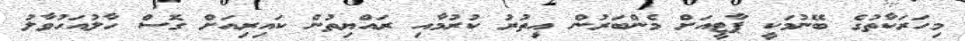
މިހަރަކާތުގެ ބޭނުމަކީ ޕާޓީއަށް މެންބަރުން އިތުރު ކުރުމާއި ރައްޔިތުން ކައިރިއަށް ގޮސް ހާލުއަހުވާލު